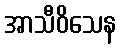
အာသီဝိသေန